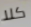
كلا